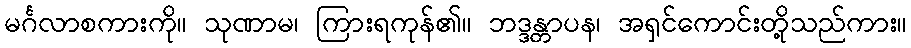
မင်္ဂလာစကားကို။ သုဏာမ၊ ကြားရကုန်၏။ ဘဒ္ဒန္တာပန၊ အရှင်ကောင်းတို့သည်ကား။